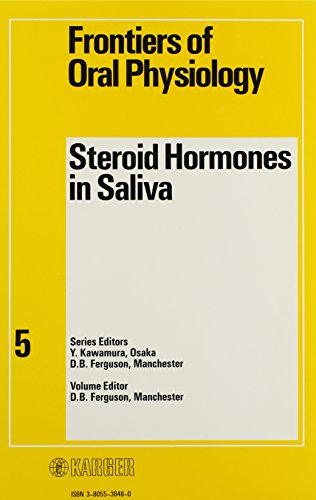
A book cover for Steroid Hormones in Saliva (Frontiers of Oral Biology, Vol. 5); Medical Books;